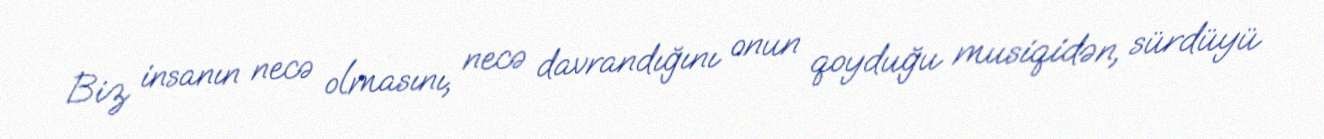
Biz insanın necə olmasını, necə davrandığını onun qoyduğu musiqidən, sürdüyü